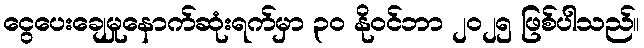
ငွေပေးချေမှုနောက်ဆုံးရက်မှာ ၃၀ နိုဝင်ဘာ ၂၀၂၅ ဖြစ်ပါသည်။